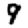
Digit: 9